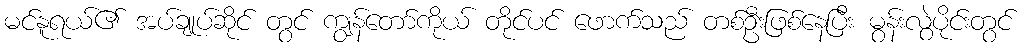
မင်နူရယ်၏ အပ်ချုပ်ဆိုင် တွင် ကျွန်တော်ကိုယ် တိုင်ပင် ဖောက်သည် တစ်ဦးဖြစ်နေပြီး မွန်းလွဲပိုင်းတွင်